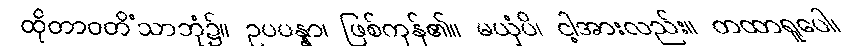
ထိုတာဝတိံသာဘုံ၌။ ဥပပန္နာ၊ ဖြစ်ကုန်၏။ မယှံပိ၊ ငါ့အားလည်း။ တထာရူပေါ၊